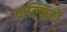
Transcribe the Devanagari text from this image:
पाल्मिटो